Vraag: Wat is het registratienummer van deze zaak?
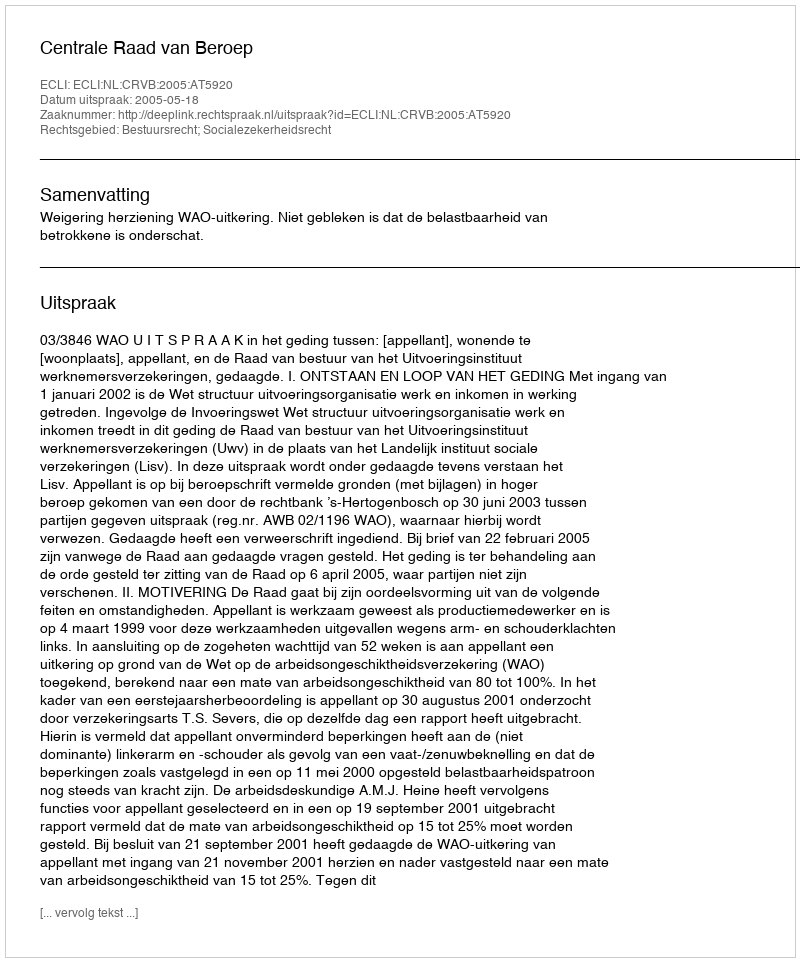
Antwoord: http://deeplink.rechtspraak.nl/uitspraak?id=ECLI:NL:CRVB:2005:AT5920